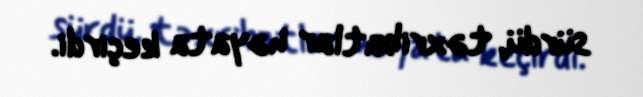
sürdü, təxribatlar həyata keçirdi.